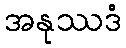
အနုဿဒံ